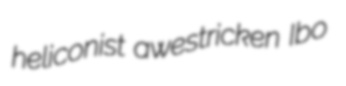
heliconist awestricken Ibo